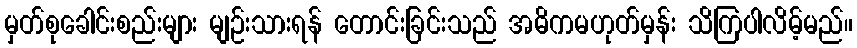
မှတ်စုခေါင်းစည်းများ မျဉ်းသားရန် တောင်းခြင်းသည် အဓိကမဟုတ်မှန်း သိကြပါလိမ့်မည်။